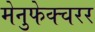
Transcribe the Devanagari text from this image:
मेनुफेक्चरर